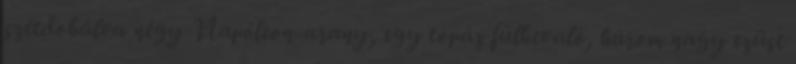
szétdobálva négy Napóleon-arany, egy topáz fülbevaló, három nagy ezüst